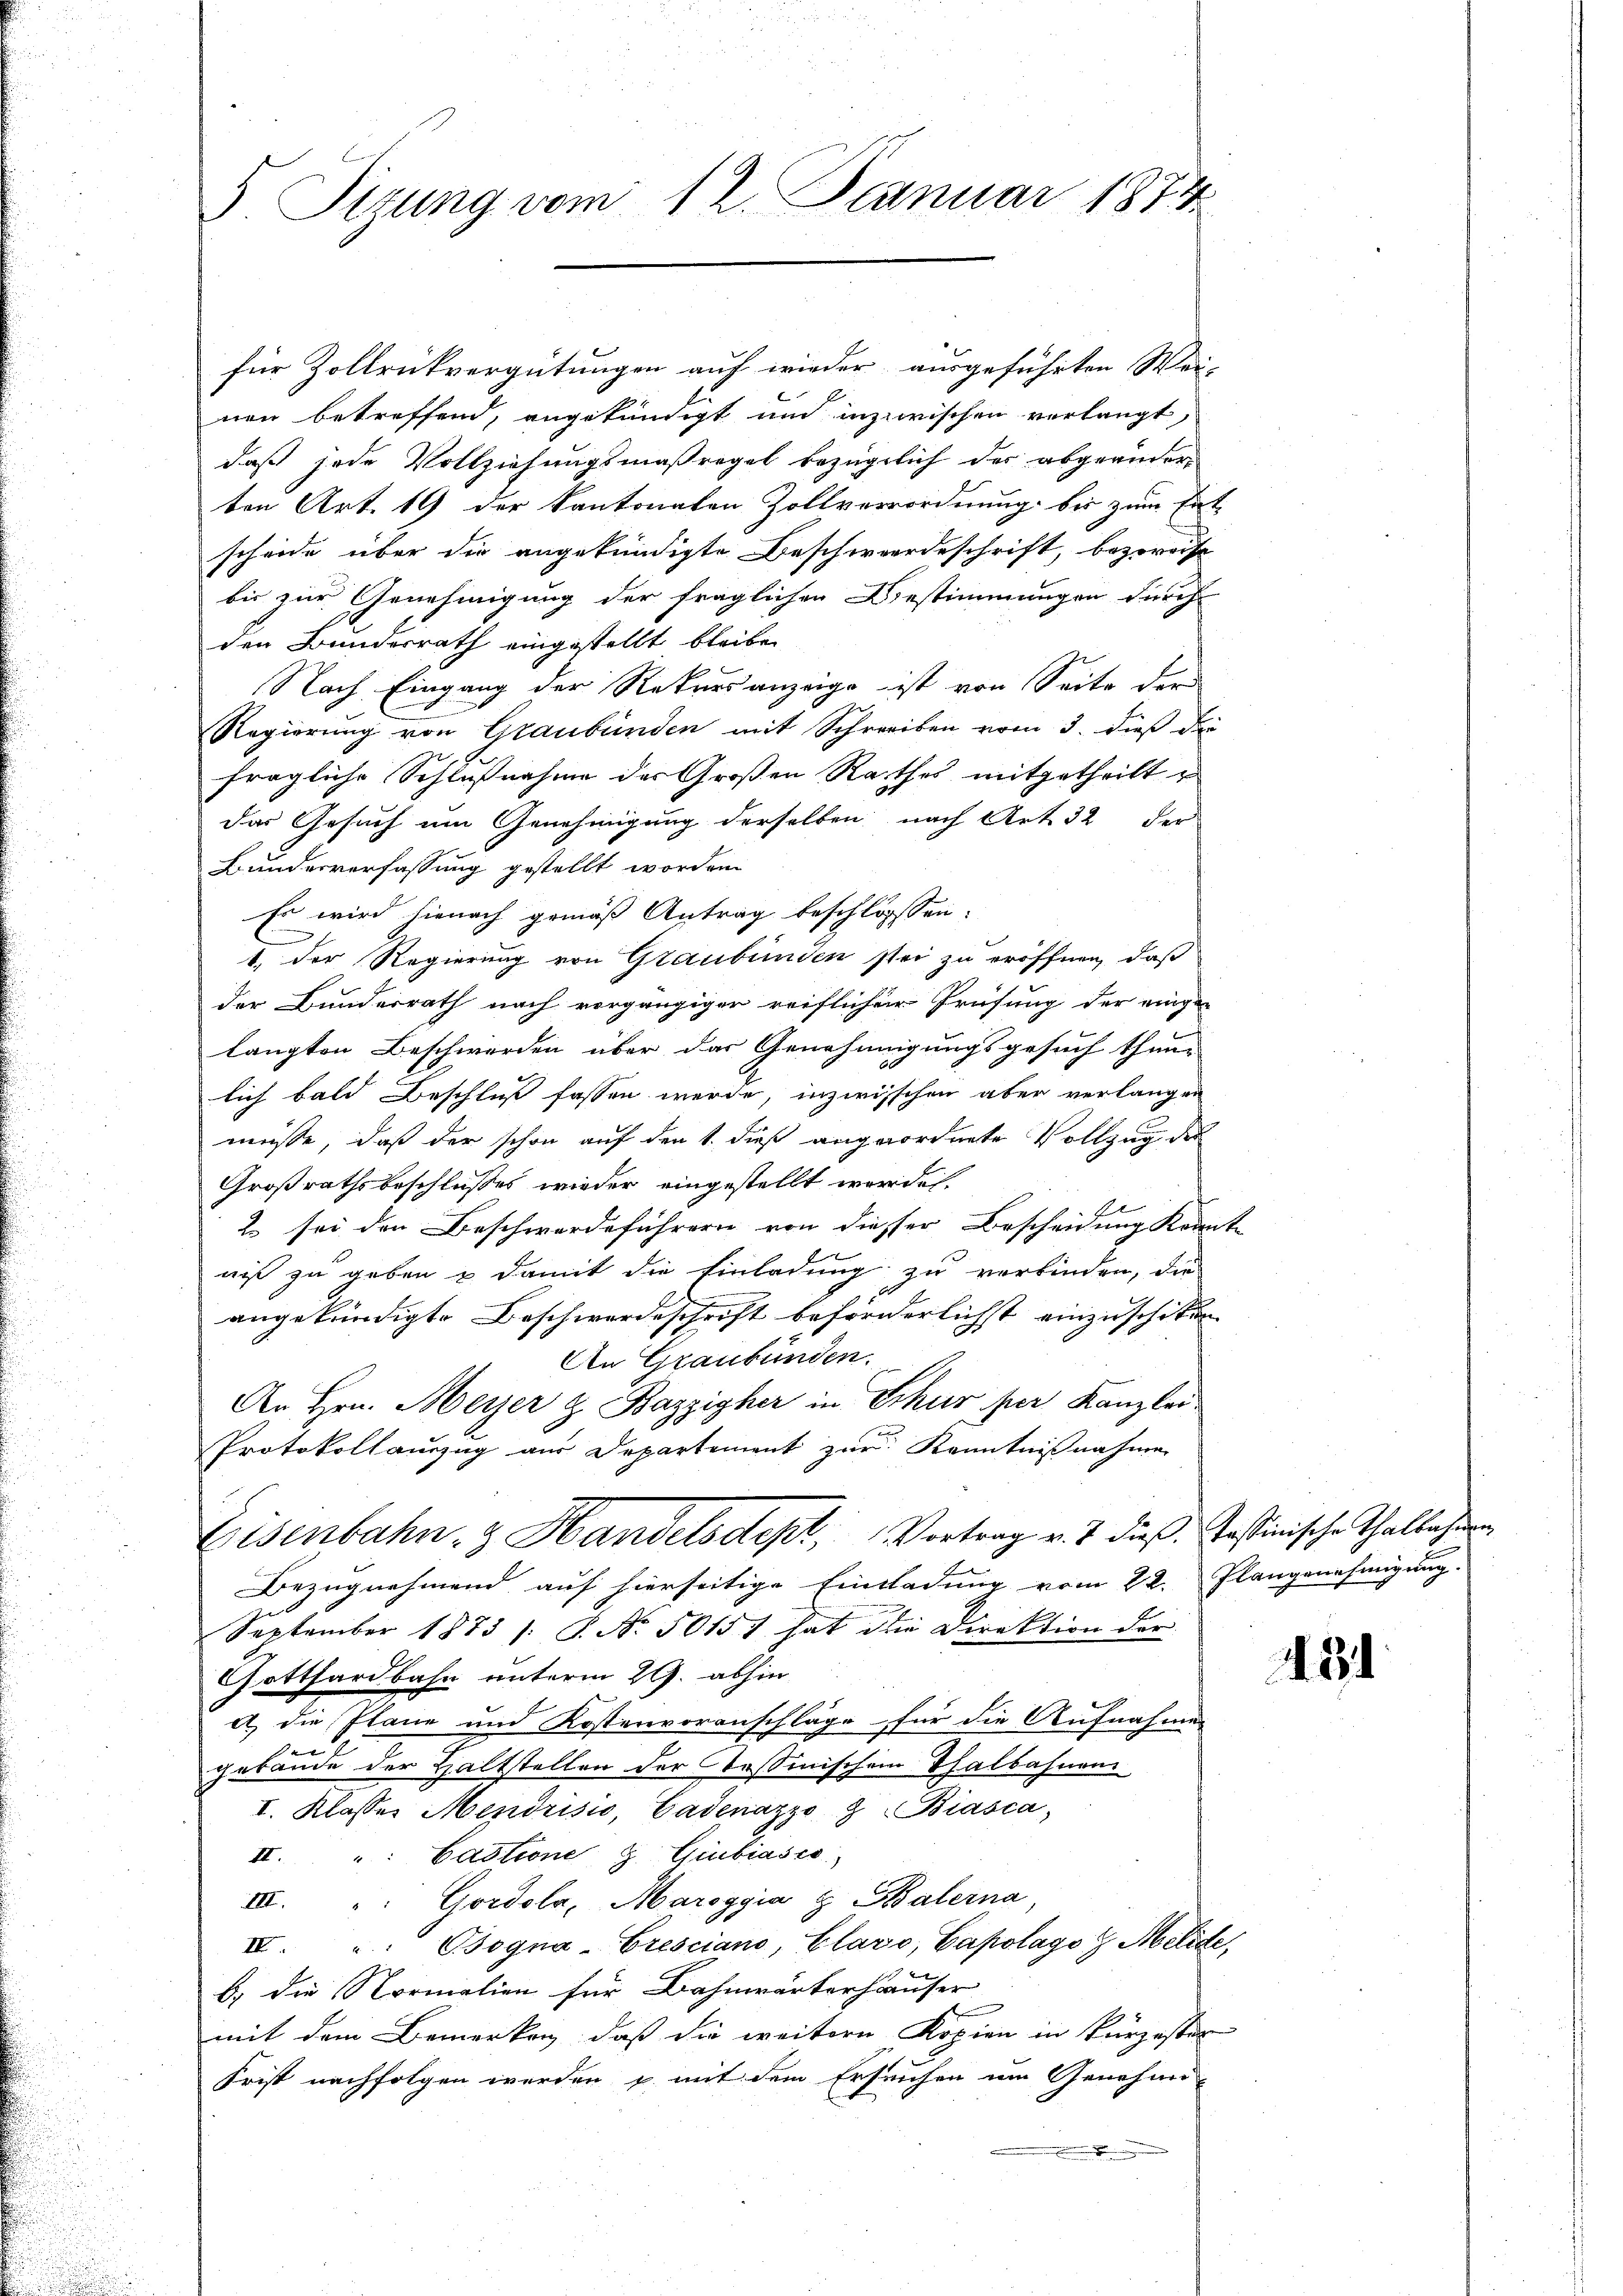
S. Tizung vom 12. Januar 1874

für Zollrückvergütungen auf wieder ausgeführten Wei-
nen betreffend, angekündigt und inzwischen verlangt,
daß jede Vollziehungsmaßregel bezüglich der abgeänderten Art. 19 der Kantonalen Zollverordnung bis zum Ent-
scheide über die angekündigte Beschwerdeschrift, bezweise
bis zur Genehmigung der fraglichen Bestimmungen durch
den Bundesrath eingestellt bleibe
Nach Eingang der Rekursanzeige ist von Seite der
Regierung von Graubünden mit Schreiben vom 3. dieß die
fragliche Schlußnahme des Großen Rathes mitgetheilt
das Gesuch um Genehmigung derselben nach Art. 32 der
Bunderverfassung gestellt worden.
Es wird hienach gemäß Antrag beschlossen:
1. Der Regierung von Graubünden stei zu eröffnen, daß
der Bundesrath nach vorgängiger reiflicher Prüfung der einge-
langten Beschwerden über das Genehmigungsgesuch thun-
lich bald Beschluß fassen werde, inzwischen aber verlangen
müsse, daß der schon auf den 1. dieß angeordnete Vollzug der
Großrathsbeschlußes wieder eingestellt worden.
2 sei den Beschwerdeführern von diesser Bescheidung Krant-
niß zu geben & damit die Einladung zu verbinden, die
100
angekündigte Beschwerdeschrift beförderlichst einzuschiken.
An Graubünden.
An Hrn. Meyer & Bazzisher in Erkur per Kanzlei
Protokollauszug aus Departement zur Kenntnißnahmen
Eisenbahn- & Handelsdept, Vortrag v. J. dieß. Passinische Thalbahnen
Bezugnehmend auf hierseitige Einladung vom 22. Plangenehmigung.
September 1873 /: P. Nr. 5015 hat die Direktion der
Gotthardbahn unterm 29. abhin
a) die Ilanz und Kostenvoranschläge für die Aufnahme
gebäude der Haltstellen der Tessinischem Thalbahnen
I. Klasses Mendrisis, Cadenazzo Biasca,
II. " Cautione & Giubiases
III. " Gordola, Maroggia & Balerna
I. " Bsogna-Eresciano, Clavo, Capolago 7 Melide,
b) die Normalien für Bahnwärterhäuser
mit dem Bemerken, daß die weitere Kopien in kurzester
Frist nachfolgen werden & mit dem Ersuchen um Genehmi-

434